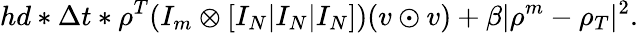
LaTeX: hd*\Delta t*\rho^{T}(I_{m}\otimes[I_{N}|I_{N}|I_{N}])(v\odot v)+\beta|\rho^{m}-\rho_{T}|^{2}.